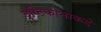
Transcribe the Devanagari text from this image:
दृष्टिकोनाकडे